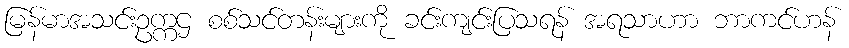
မြန်မာအသင်းဥက္ကဌ စစ်သင်တန်းများကို ခင်းကျင်းပြသရန် အရသာဟာ ဘာကင်ဟန်